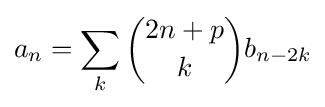
a_{n}=\sum _{k}{\binom {2n+p}{k}}b_{n-2k}